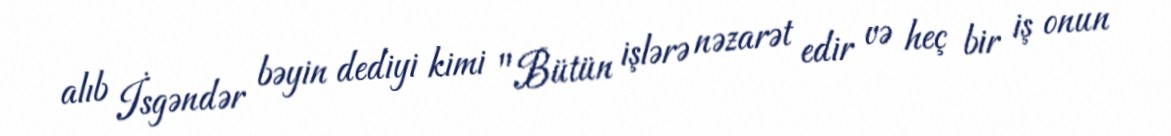
alıb İsgəndər bəyin dediyi kimi "Bütün işlərə nəzarət edir və heç bir iş onun